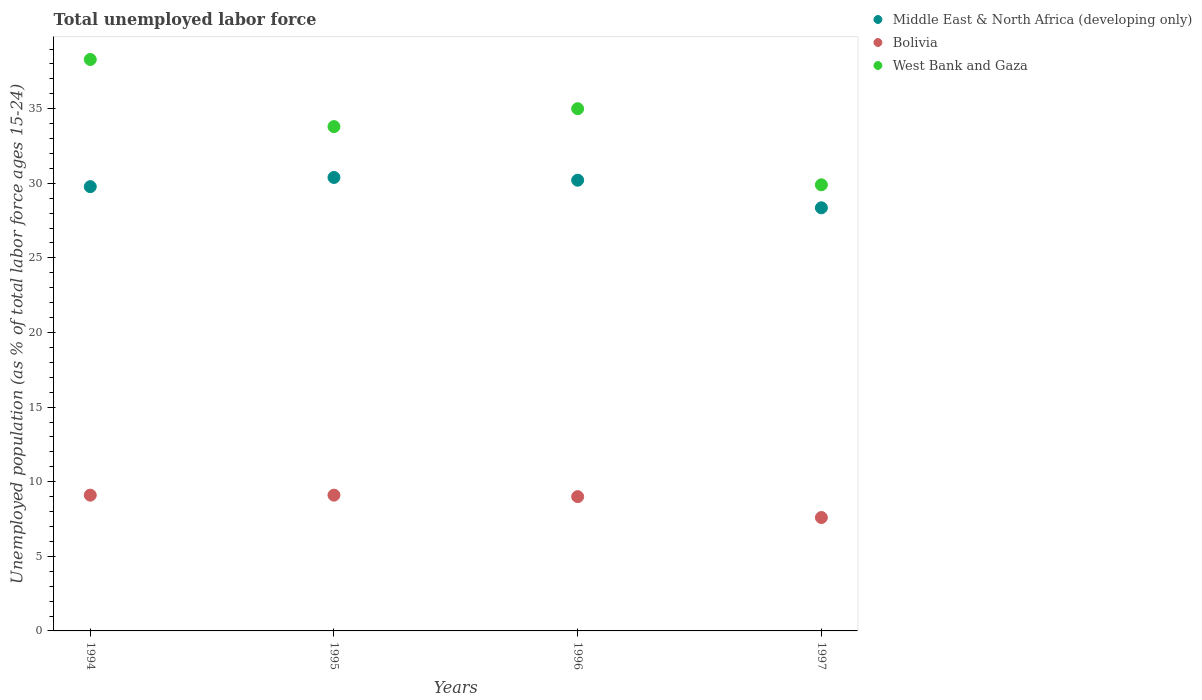
| Years | Middle East & North Africa (developing only) | Bolivia | West Bank and Gaza |
 | --- | --- | --- | --- |
 | 1994 | 29.8 | 9.1 | 38.3 |
 | 1995 | 30.4 | 9.1 | 33.8 |
 | 1996 | 30.2 | 9 | 35 |
 | 1997 | 28.4 | 7.6 | 29.9 |